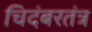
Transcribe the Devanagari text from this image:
चिदंबरतंत्र